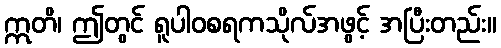
ဣတိ၊ ဤတွင် ရူပါဝစရကသိုလ်အဖွင့် အပြီးတည်း။